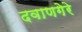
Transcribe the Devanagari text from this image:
दवाणगेरे